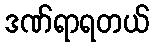
ဒဏ်ရာရတယ်